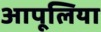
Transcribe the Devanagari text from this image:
आपूलिया